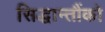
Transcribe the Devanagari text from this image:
सिद्धान्तौंको